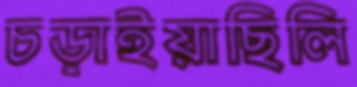
চড়াইয়াছিলি